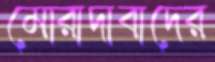
মোরাদাবাদের